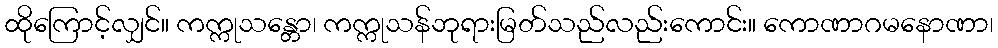
ထိုကြောင့်လျှင်။ ကက္ကုသန္တော၊ ကက္ကုသန်ဘုရားမြတ်သည်လည်းကောင်း။ ကောဏာဂမနောဏာ၊